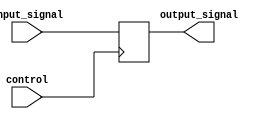
module latch (
    input wire control,
    input wire input_signal,
    output reg output_signal
);

always @(posedge control)
begin
    if(control)
        output_signal <= input_signal;
end

endmodule